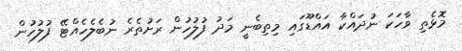
މޮޅެތި ވާހަކަ ނުދައްކާ އައްޑޫގައި މިތިބެނީ މަދު ފުލުހުން ރަށުތެރެ ނުބެލެހެއްޓޭ ފުލުހުން